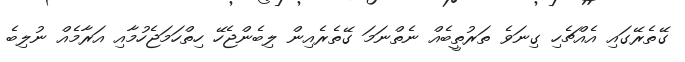
ގޭތެރޭގައި އެއްޗެހި ގިނަވެ ތަރުތީބެއް ނެތްނަމަ ގޭތެރެއިން ލިބެންޖެހޭ ހިތްހަމަޖެހުމާއި އަރާމެއް ނުލިބެ